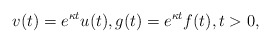
\begin{align*} v(t)=e^{\kappa t}u(t), g(t)=e^{\kappa t}f(t), t > 0, \end{align*}